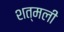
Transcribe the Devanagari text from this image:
शत्मली